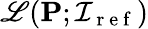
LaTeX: \mathscr{L}(\mathbf{P};\mathcal{I}_{\mathrm{~r~e~f~}})